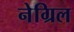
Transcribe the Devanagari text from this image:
नेग्रिल